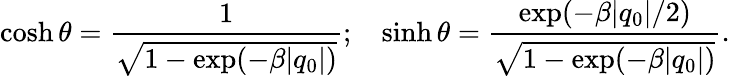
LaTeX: \cosh\theta=\frac{1}{\sqrt{1-\exp(-\beta|q_{0}|)}};\ \ \ \sinh\theta=\frac{\exp(-\beta|q_{0}|/2)}{\sqrt{1-\exp(-\beta|q_{0}|)}}.